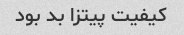
کیفیت پیتزا بد بود